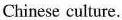
Chinese culture.